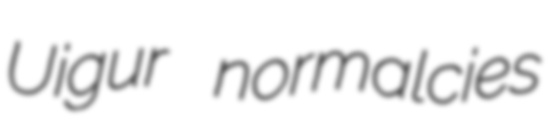
Uigur normalcies